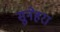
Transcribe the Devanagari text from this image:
सुनेहरा